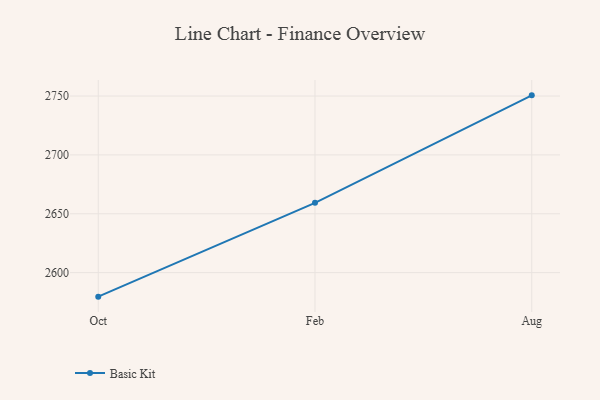
{"axis": {"x": "Month", "y": "Temperature (°C)"}, "legend": ["Basic Kit"], "data": [{"x": "Oct", "y": 2579.6, "type": "Basic Kit"}, {"x": "Feb", "y": 2659.3, "type": "Basic Kit"}, {"x": "Aug", "y": 2750.6, "type": "Basic Kit"}]}